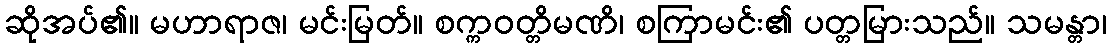
ဆိုအပ်၏။ မဟာရာဇ၊ မင်းမြတ်။ စက္ကဝတ္တိမဏိ၊ စကြာမင်း၏ ပတ္တမြားသည်။ သမန္တာ၊